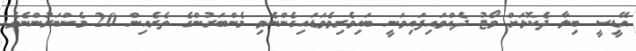
އޭޑީސީ ބިލާ ދެކޮޅަށް ވޯޓު ދެއްވައިފައިވަނީ ބައިވެރިވެވަޑައިގެންނެވި މެންބަރުންގެ ތެރެއިން 20 މެންބަރުންނެވެ.